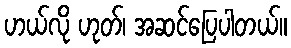
ဟယ်လို ဟုတ်၊ အဆင်ပြေပါတယ်။